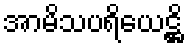
အာမိသပရိယေဋ္ဌိ